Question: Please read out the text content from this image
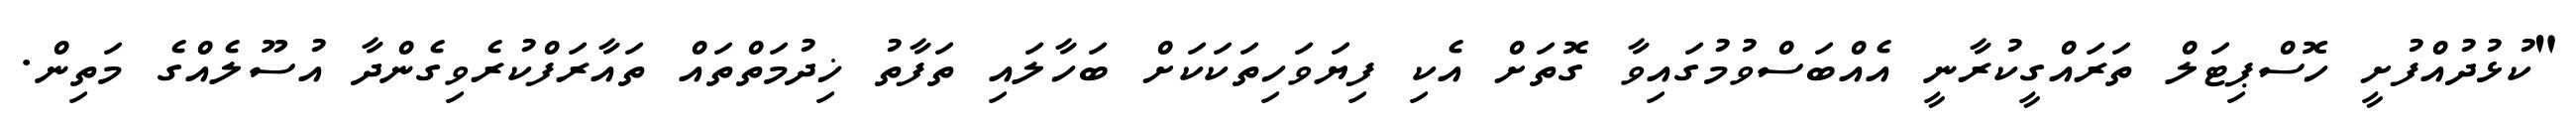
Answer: "ކުޅުދުއްފުށީ ހޮސްޕިޓަލް ތަރައްގީކުރާނީ އެއްބަސްވުމުގައިވާ ގޮތަށް އެކި ފިޔަވަހިތަކަކަށް ބަހާލައި ތަފާތު ޚިދުމަތްތައް ތައާރަފްކުރެވިގެންދާ އުސޫލެއްގެ މަތިން.